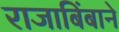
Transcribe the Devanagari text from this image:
राजाबिंबाने